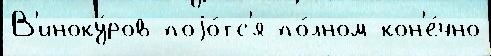
В'иноку́ров поjо́тс'я по́лном кон'е́чно